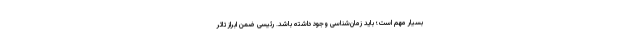
بسیار مهم است؛ باید زمان‌شناسی وجود داشته باشد. رئیسی ضمن ابراز تاثر